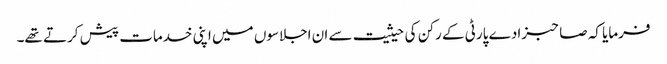
فرمایا کہ صاحبزادے پارٹی کے رکن کی حیثیت سے ان اجلاسوں میں اپنی خدمات پیش کرتے تھے۔